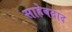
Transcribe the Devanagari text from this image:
साहेबदाद